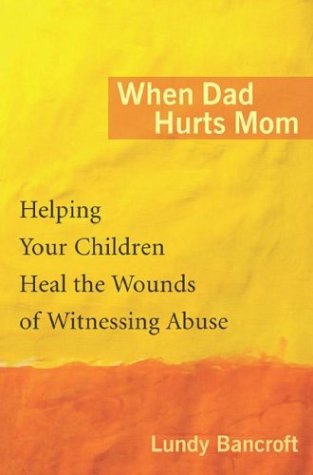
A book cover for When Dad Hurts Mom; Lundy Bancroft; Parenting & Relationships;